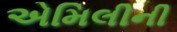
એમિલીની